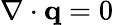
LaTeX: \nabla\cdot\mathbf q=0